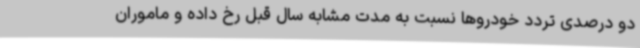
دو درصدی تردد خودروها نسبت به مدت مشابه سال قبل رخ داده و ماموران